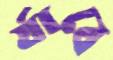
র‍্যাবে